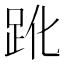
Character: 𧿕